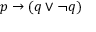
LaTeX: p \to ( q \lor \neg q )